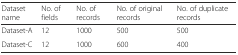
| Dataset name | No. of fields | No. of records | No. of original records | No. of duplicate records |
 | --- | --- | --- | --- | --- |
 | Dataset-A | 12 | 1000 | 500 | 500 |
 | Dataset-C | 12 | 1000 | 600 | 400 |